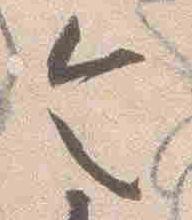
令